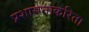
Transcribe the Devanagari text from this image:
प्रशासनाकरिता